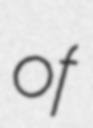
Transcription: of